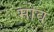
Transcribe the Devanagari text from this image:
मोव